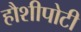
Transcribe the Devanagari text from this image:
हौशीपोटी